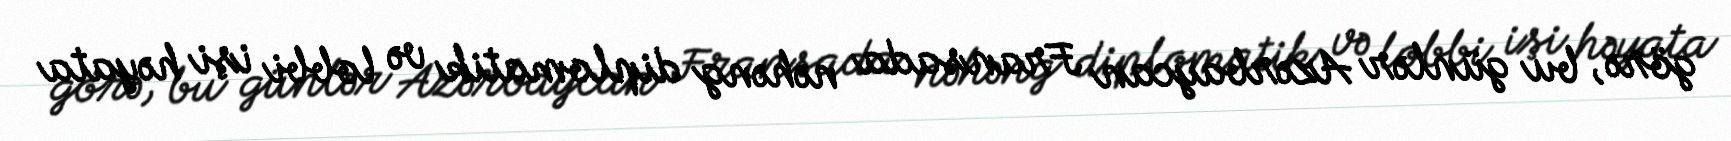
görə, bu günlər Azərbaycan Fransada nəhəng diplomatik və lobbi işi həyata